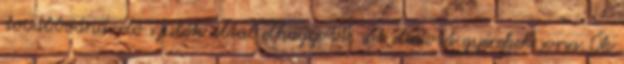
továbbvándorló szülők által elhagyott, sőt eladott gyerekek sorsa. Ők